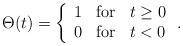
\begin{align*}\Theta(t)=\left\{\begin{array}{lll}1&{\rm for}&t\geq0\\0&{\rm for}&t<0 \end{array}\right..\end{align*}